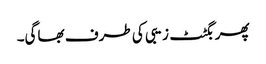
پھر بگٹٹ زیبی کی طرف بھاگی۔